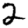
Digit: 2